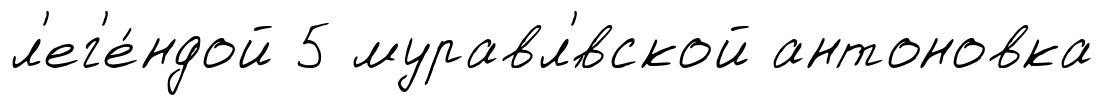
л'ег'е́ндой 5 муравл'́вской антоновка